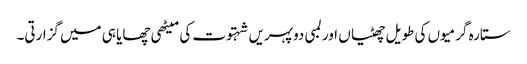
ستارہ گرمیوں کی طویل چھٹیاں اور لمبی دوپہریں شہتوت کی میٹھی چھایا ہی میں گزارتی۔